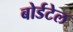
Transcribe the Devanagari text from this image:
बोर्डटेल